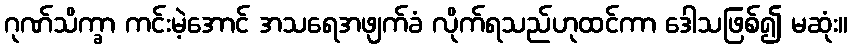
ဂုဏ်သိက္ခာ ကင်းမဲ့အောင် အသရေအဖျက်ခံ လိုက်ရသည်ဟုထင်ကာ ဒေါသဖြစ်၍ မဆုံး။